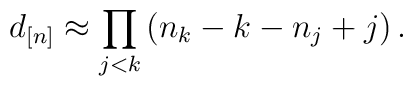
d_{[n]} \approx \prod_{j<k} \left( n_k-k -n_j+j \right).